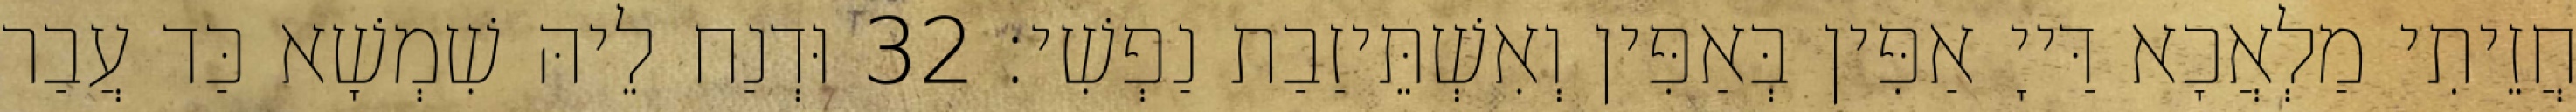
חֲזֵיתִי מַלְאֲכָא דַּייָ אַפִּין בְּאַפִּין וְאִשְׁתֵּיזַבַת נַפְשִׁי׃ 32 וּדְנַח לֵיהּ שִׁמְשָׁא כַּד עֲבַר